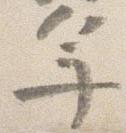
年